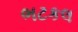
ભટકલ